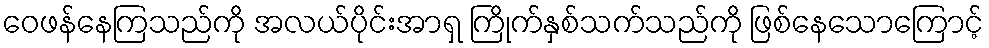
ဝေဖန်နေကြသည်ကို အလယ်ပိုင်းအာရှ ကြိုက်နှစ်သက်သည်ကို ဖြစ်နေသောကြောင့်